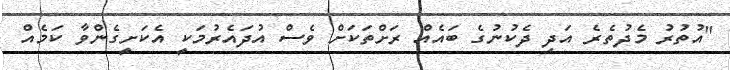
"އުތުރު މެދުތެރެ އަދި ދެކުނުގެ ބައެއް ރަށްތަކަށް ވެސް އުދައެރުމަކީ އެކަށީގެންވާ ކަމެއް